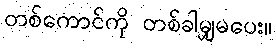
တစ်ကောင်ကို တစ်ခါမျှမပေး။